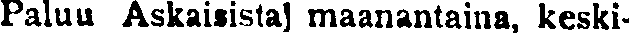
Paluu Askaisistaj maanantaina, keski-